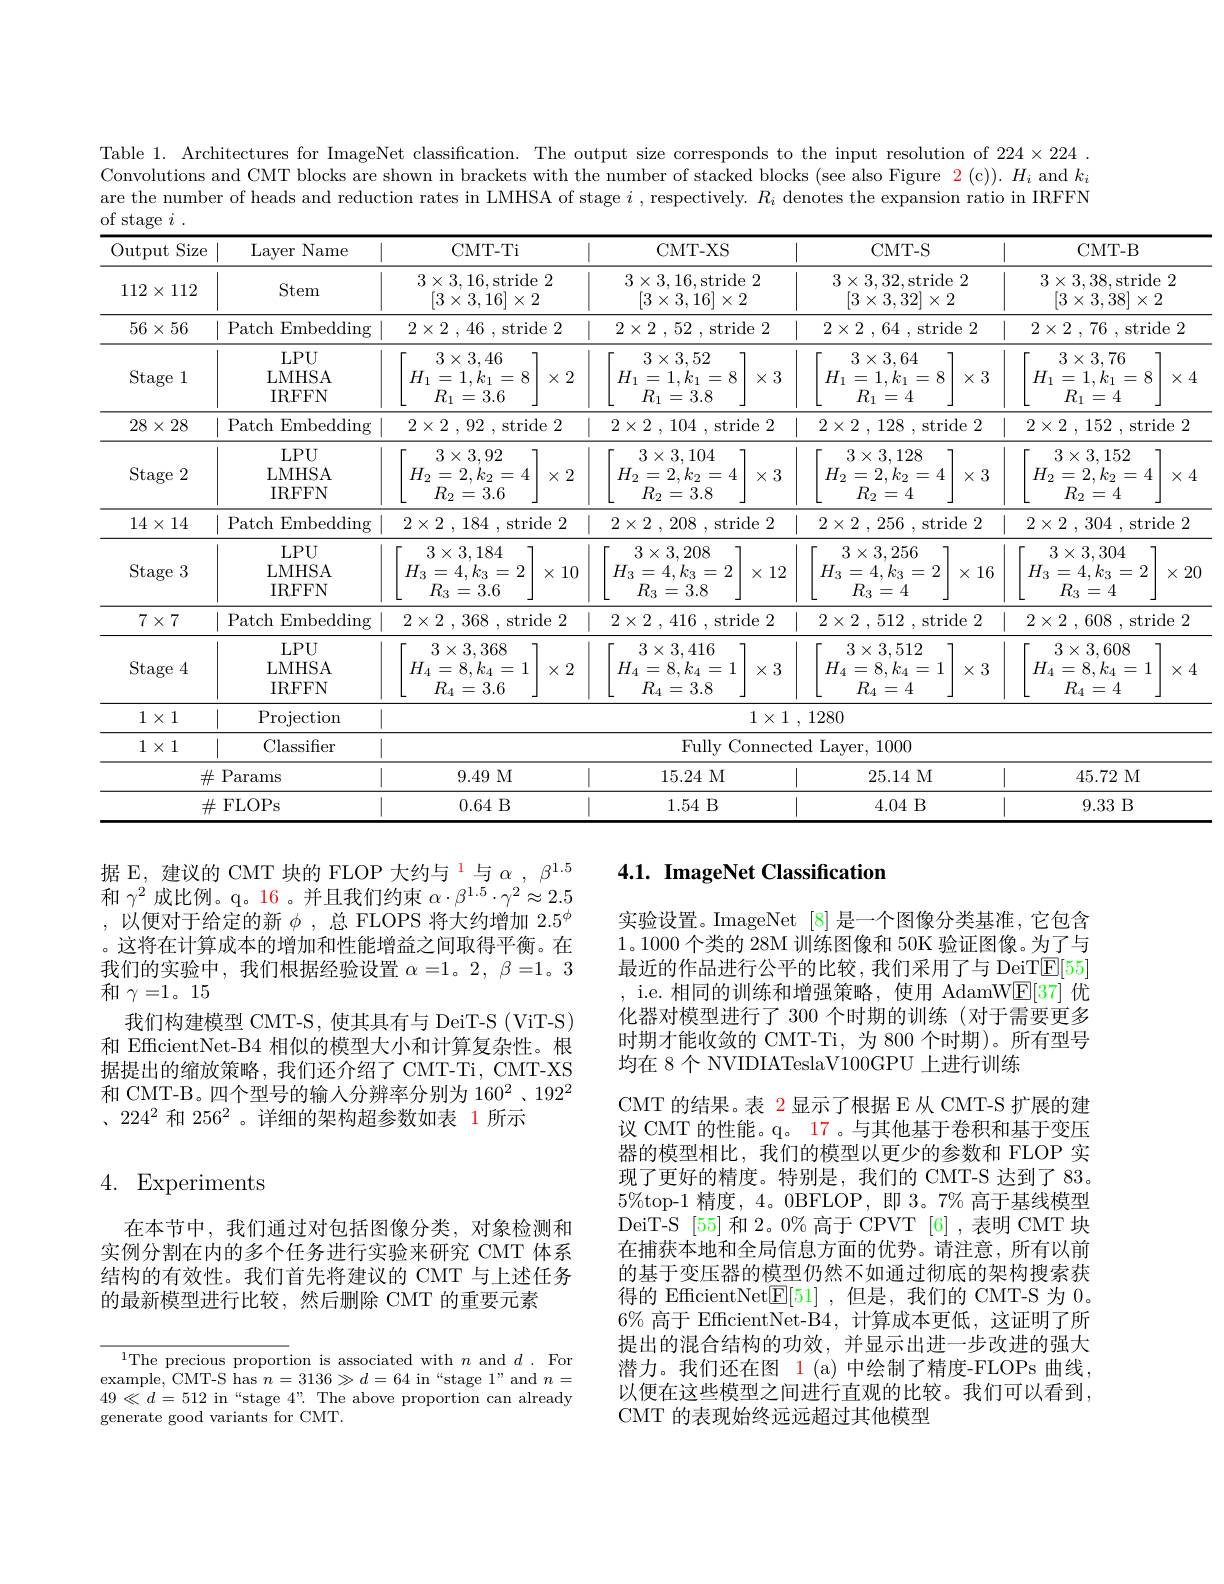
Table 1. Architectures for ImageNet classification. The output size corresponds to the input resolution of $224\times224$ Convolutions and CMT blocks are shown in brackets with the number of stacked blocks (see also Figure $\color{red}{2}(\mathfrak{c})).H_i$ and $k_i$ are the number of heads and reduction rates in LMHSA of stage $i$ , respectively. $R_i$ denotes the expansion ratio in IRFFN $of$
$i$

<table>
	<tbody>
		<tr>
			<th>$\operatorname{Output}$ Size</th>
			<th>Name Layer</th>
			<th>CMT-Ti</th>
			<th>CMT-XS</th>
			<th>CMT- S</th>
			<th>CMT- B</th>
		</tr>
		<tr>
			<td>$112\times$ 112</td>
			<td>Stem</td>
			<td>$3\times3,16$,stride 2 $[3\times3,16]\times2$</td>
			<td>$3\times3,16$,stride 2 $[3\times3,16]\times2$</td>
			<td>$3\times3,32$,stride 2 $[3\times3,32]\times2$</td>
			<td>$3\times3,38$,stride 2 $[3\times3,38]\times2$</td>
		</tr>
		<tr>
			<td>$56\times56$</td>
			<td>Patch Embedding</td>
			<td>$2\times 2$ , 46 , stride 2</td>
			<td>$2\times 2$ , 52 , stride 2</td>
			<td>$2\times 2$ , 64 , stride 2</td>
			<td>$2\times 2$ , 76 , stride 2</td>
		</tr>
		<tr>
			<td>Stage 1</td>
			<td>$LPU$ LMHSA IRFFN</td>
			<td>$3\times3,46$ $H_{1}=1,k_{1}=8$ $\times2$ $R_{1}=3.6$</td>
			<td>$3\times3,52$ $H_{1}=1,k_{1}=8$ $\times3$ $R_{1}=3.8$</td>
			<td>$3\times3,64$ $H_{1}=1,k_{1}=8$ $\times3$ $R_{1}=4$</td>
			<td>$3\times3,76$ 7 $H_{1}=1,k_{1}=8$ $\times4$ $R_{1}=4$</td>
		</tr>
		<tr>
			<td>$28\times28$</td>
			<td>Patch Embedding</td>
			<td>$2\times 2$ , 92 , stride 2</td>
			<td>$2\times 2$ , 104 , stride 2</td>
			<td>$2\times 2$ , 128 , stride 2</td>
			<td>$2\times 2$ , 152 , stride 2</td>
		</tr>
		<tr>
			<td>Stage 2</td>
			<td>$LPU$ LMHSA IRFFN</td>
			<td>$3\times3,92$ $H_{2}=2,k_{2}=4$ $\times2$ $R_{2}=3.6$</td>
			<td>$3\times3,104$ $H_{2}=2,k_{2}=4$ $\times3$ $R_{2}=3.8$</td>
			<td>$3\times3,128$ $H_{2}=2,k_{2}=4$ $\times3$ $R_{2}=4$</td>
			<td>$3\times3,152$ $H_{2}=2,k_{2}=4$ $\times4$ $R_{2}=4$</td>
		</tr>
		<tr>
			<td>$14\times14$</td>
			<td>Patch Embedding</td>
			<td>$2\times 2$ , 184 , stride 2</td>
			<td>$2\times 2$ , 208 , stride 2</td>
			<td>$2\times 2$ , 256 , stride 2</td>
			<td>$2\times 2$ , 304 , stride 2</td>
		</tr>
		<tr>
			<td>Stage 3 1</td>
			<td>$LPU$ LMHSA IRFFN</td>
			<td>$3\times3,184$ $H_{3}=4,k_{3}=2$ $\times10$ $R_{3}=3.6$</td>
			<td>$3\times3,208$ $H_{3}=4,k_{3}=2$ $\times12$ $R_{3}=3.8$</td>
			<td>$3\times3,256$ $H_{3}=4,k_{3}=2$ $\times16$ $R_{3}=4$</td>
			<td>$3\times3,304$ $H_{3}=4,k_{3}=2$ $\times2$C $R_{3}=4$</td>
		</tr>
		<tr>
			<td>$7\times7$</td>
			<td>Patch Embedding</td>
			<td>$2\times 2$ , 368 , stride 2</td>
			<td>$2\times 2$ , 416 , stride 2</td>
			<td>$2\times 2$ , 512 , stride 2</td>
			<td>$2\times 2$ , 608 , stride 2</td>
		</tr>
		<tr>
			<td>Stage 34</td>
			<td>$LPU$ LMHSA IRFFN</td>
			<td>$3\times3,368$ $H_{4}=8,k_{4}=1$ $\times2$ $R_{4}=3.6$</td>
			<td>$3\times3,416$ $H_{4}=8,k_{4}=1$ $\times3$ $R_{4}=3.8$</td>
			<td>$3\times3,512$ $H_{4}=8,k_{4}=1$ $\times3$ $R_{4}=4$</td>
			<td>$3\times3,608$ $H_{4}=8,k_{4}=1$ $\times4$ $R_{4}=4$</td>
		</tr>
		<tr>
			<td>$1\times1$</td>
			<td>Projection</td>
			<td colspan="3">$1\times 1$ , 1280</td>
			<td> </td>
		</tr>
		<tr>
			<td>$1\times1$</td>
			<td>Classifier</td>
			<td> </td>
			<td>Fully ${\mathrm{Connect}}$</td>
			<td>ed Layer, 1000</td>
			<td> </td>
		</tr>
		<tr>
			<td>$\#$</td>
			<td>Params</td>
			<td>9.49 M</td>
			<td>15.24M</td>
			<td>25.14M</td>
			<td> 45.72 M</td>
		</tr>
		<tr>
			<td colspan="2">$\#$FLOPs</td>
			<td>0.64B</td>
			<td>1.54B</td>
			<td>4.04 B</td>
			<td>9.33 B</td>
		</tr>
	</tbody>
</table>

## 4.1. ImageNet Classification

据 E, 建议的 CMT 块的 FLOP 大约与 $^{1}$与$\alpha,\beta^{1.5}$ 和$\gamma^2$成比例。q。16。并且我们约束$\alpha\cdot\beta^1.5\cdot\gamma^2\approx2.5$ ,以便对于给定的新$\phi$,总 FLOPS 将大约增加 $2.5^\phi$ 。这将在计算成本的增加和性能增益之间取得平衡。在我们的实验中，我们根据经验设置$\alpha=1$。2, $\beta=1$。3和$\gamma=1。15$
我们构建模型 CMT-S, 使其具有与 DeiT-S (ViT-S) 和 EfficientNet-B4 相似的模型大小和计算复杂性。根据提出的缩放策略，我们还介绍了 CMT-Ti, CMT-XS 和 CMT-B。四个型号的输人分辨率分别为 160$^2$、192$^{2}$ 、224$^{2}$和 256$^2$。详细的架构超参数如表 1 所示

实验设置。ImageNet [8] 是一个图像分类基准，它包含1。1000个类的 28M 训练图像和 50K 验证图像。为了与最近的作品进行公平的比较，我们采用了与 DeiT$\boxed{\mathrm{E}[55]}$ i.e.相同的训练和增强策略，使用 AdamW$\underline{\mathrm{E}}[37]$优化器对模型进行了 300 个时期的训练 (对于需要更多时期才能收敛的 CMT-Ti,为 800 个时期)。所有型号均在 8 个 NVIDIATeslaV100GPU 上进行训练
CMT 的结果。表 2显示了根据 E 从 CMT-S 扩展的建议 CMT 的性能。q。17 。与其他基于卷积和基于变压器的模型相比，我们的模型以更少的参数和 FLOP 实现了更好的精度。特别是，我们的 CMT-S 达到了 83。$5\%$top-1 精度，4。0BFLOP,即 3。7% 高于基线模型DeiT-S [55] 和 2。0% 高于 CPVT [6],表明 CMT 块在捕获本地和全局信息方面的优势。请注意，所有以前的基于变压器的模型仍然不如通过彻底的架构搜索获得的 EfficientNet$\boxed{\mathrm{F}}[51]$ ,但是，我们的 CMT-S 为 0。$6\%$高于 EfficientNet-B4,计算成本更低，这证明了所提出的混合结构的功效，并显示出进一步改进的强大潜力。我们还在图 1(a)中绘制了精度-FLOPs 曲线， 以便在这些模型之间进行直观的比较。我们可以看到， CMT 的表现始终远远超过其他模型

# 4. Experiments

在本节中，我们通过对包括图像分类，对象检测和实例分割在内的多个任务进行实验来研究 CMT 体系结构的有效性。我们首先将建议的 CMT 与上述任务的最新模型进行比较，然后删除 CMT 的重要元素

$^{1}$The precious proportion is associated with $n$ and $d.$ For example, CMT-S has $n=3136\gg d=64$ in“stage $1”$and $n=$ $49\ll d=512$ in “stage 4”.The above proportion can already generate good variants for CMT.